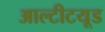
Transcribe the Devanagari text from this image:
आल्टीटयूड